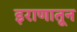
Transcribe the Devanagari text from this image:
इराणातून